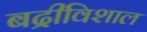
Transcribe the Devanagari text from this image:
बद्रीविशाल